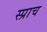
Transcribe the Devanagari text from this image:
स्प्राच